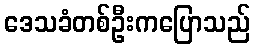
ဒေသခံတစ်ဦးကပြောသည်